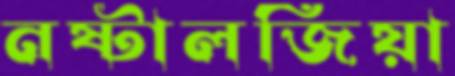
নষ্টালজিয়া